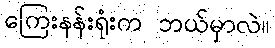
ကြေးနန်းရုံးက ဘယ်မှာလဲ။